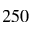
2 5 0